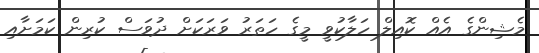
މެޝިންގެ އެއް ކޮއިލް ހަލާކުވީ މީގެ ހަތަރު ވަރަކަށް ދުވަސް ކުރިން ކަމަށާއި